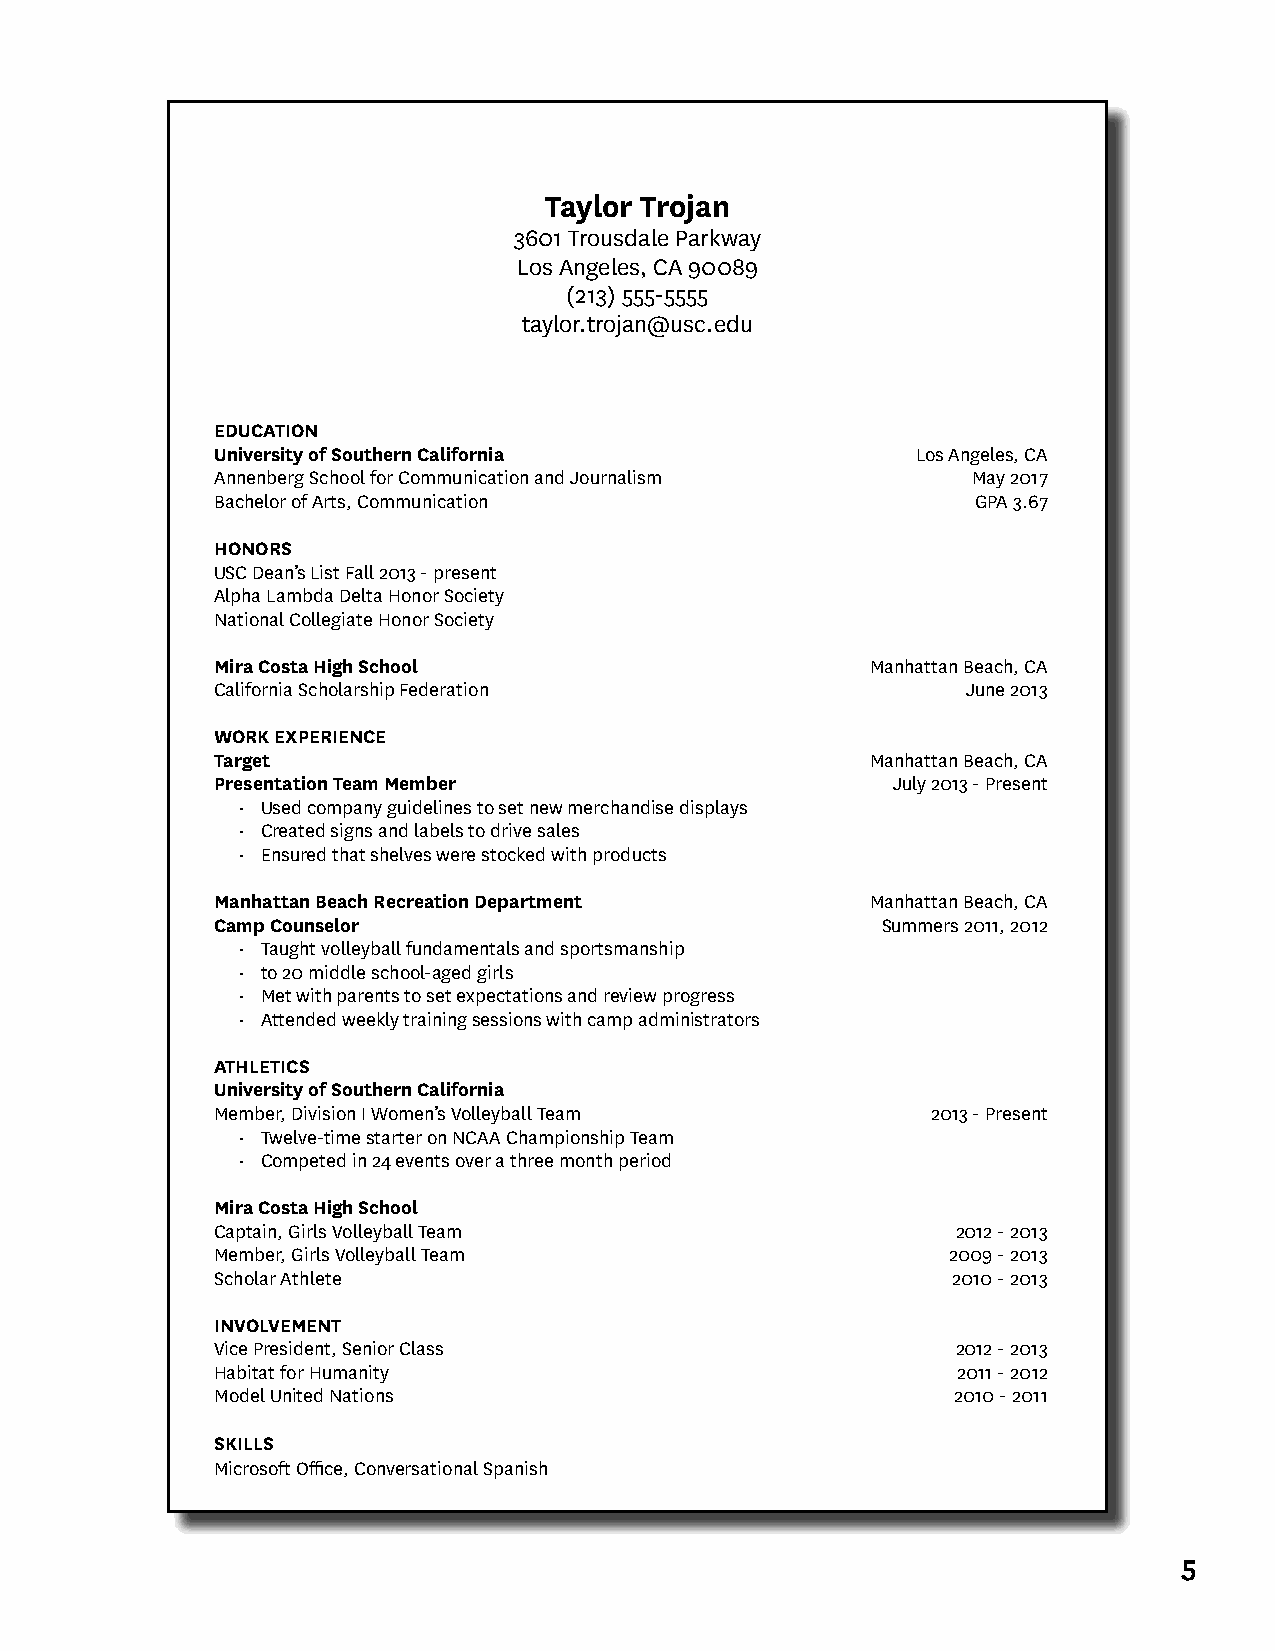
Taylor Trojan
 3601 Trousdale Parkway
 Los Angeles, CA 90089
 (213) 555-5555
 taylor.trojan@usc.edu
 EDUCATION
 University of Southern California              Los Angeles, CA
 Annenberg School for Communication and Journalism May 2017
 Bachelor of Arts, Communication                    GPA 3.67
 HONORS
 USC Dean’s List Fall 2013 - present
 Alpha Lambda Delta Honor Society
 National Collegiate Honor Society
 Mira Costa High School                      Manhattan Beach, CA
 California Scholarship Federation                 June 2013
 WORK EXPERIENCE
 Target                                      Manhattan Beach, CA
 Presentation Team Member                     July 2013 - Present
 • Used company guidelines to set new merchandise displays
 • Created signs and labels to drive sales
 • Ensured that shelves were stocked with products
 Manhattan Beach Recreation Department       Manhattan Beach, CA
 Camp Counselor                              Summers 2011, 2012
 • Taught volleyball fundamentals and sportsmanship
 • to 20 middle school-aged girls
 • Met with parents to set expectations and review progress
 • Attended weekly training sessions with camp administrators
 ATHLETICS
 University of Southern California
 Member, Division I Women’s Volleyball Team      2013 - Present
 • Twelve-time starter on NCAA Championship Team
 • Competed in 24 events over a three month period
 Mira Costa High School
 Captain, Girls Volleyball Team                   2012 - 2013
 Member, Girls Volleyball Team                    2009 - 2013
 Scholar Athlete                                  2010 - 2013
 INVOLVEMENT
 Vice President, Senior Class                     2012 - 2013
 Habitat for Humanity                             2011 - 2012
 Model United Nations                             2010 - 2011
 SKILLS
 Microsoft Office, Conversational Spanish
 5